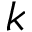
k